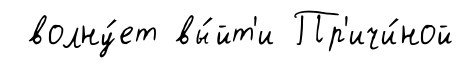
волну́ет вы́йт'и Пр'ичи́ной